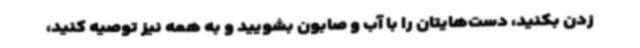
زدن بکنید، دست‌هایتان را با آب و صابون بشویید و به همه نیز توصیه کنید،